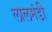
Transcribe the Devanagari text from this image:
लालमंडी